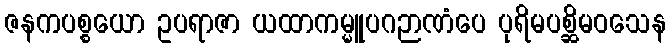
ဇနကပစ္စယော ဥပရာဇာ ယထာကမ္မူပဂဉာဏံပေ ပုရိမပစ္ဆိမဝသေန